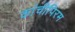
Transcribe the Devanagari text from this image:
कांचीपिरम